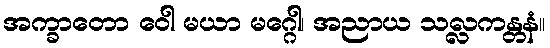
အက္ခာတော ဝေါ မယာ မဂ္ဂေါ၊ အညာယ သလ္လကန္တနံ။